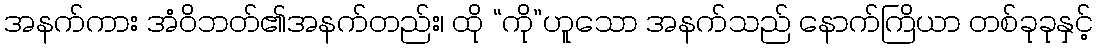
အနက်ကား အံဝိဘတ်၏အနက်တည်း၊ ထို “ကို”ဟူသော အနက်သည် နောက်ကြိယာ တစ်ခုခုနှင့်